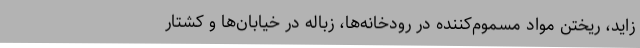
زاید، ریختن مواد مسموم‌کننده در رودخانه‌ها، زباله در خیابان‌ها و کشتار